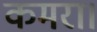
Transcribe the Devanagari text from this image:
कमरा।